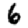
Digit: 6